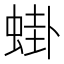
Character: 𬠎